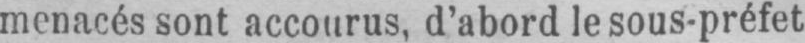
menacés sont accourus, d’abord le sous-préfet